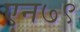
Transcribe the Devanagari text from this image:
एन७९